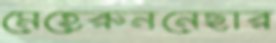
মেহেরুননেছার